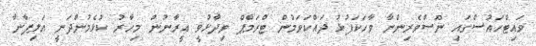
ވައިޓްހައުސްގައި ނޫސްވެރިންނާ ވާހަކަފުޅު ދައްކަވަމުން ޓްރަމްޕް ވިދާޅުވީ އީރާނުން މިހާރު ކުޅެމުންދަނީ އަލިފާނާ